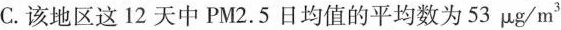
C.该地区这12天中PM2.5日均值的平均数为53μg/m^{ 3 }